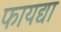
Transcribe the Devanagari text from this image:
फायद्या